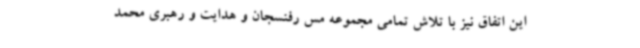
این اتفاق نیز با تلاش تمامی مجموعه مس رفنسجان و هدایت و رهبری محمد